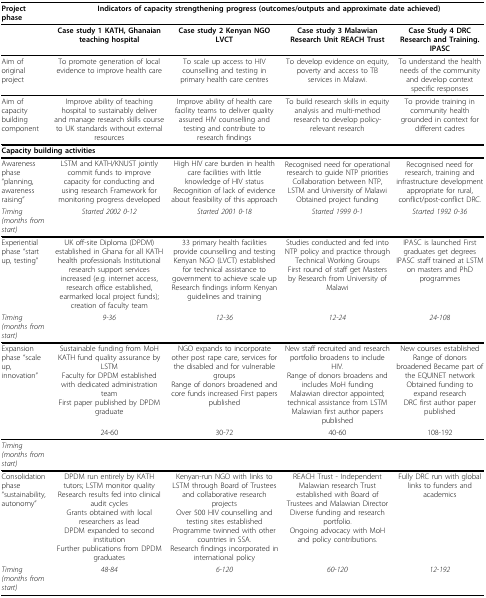
<table><thead><tr><td><b>Project phase</b></td><td colspan="4"><b>Indicators of capacity strengthening progress (outcomes/outputs and approximate date achieved)</b></td></tr></thead><tbody><tr><td></td><td><b>Case study 1 KATH, Ghanaian teaching hospital</b></td><td><b>Case study 2 Kenyan NGO LVCT</b></td><td><b>Case study 3 Malawian Research Unit REACH Trust</b></td><td><b>Case Study 4 DRC Research and Training. IPASC</b></td></tr><tr><td>Aim of original project</td><td>To promote generation of local evidence to improve health care</td><td>To scale up access to HIV counselling and testing in primary health care centres</td><td>To develop evidence on equity, poverty and access to TB services in Malawi.</td><td>To understand the health needs of the community and develop context specific responses</td></tr><tr><td>Aim of capacity building component</td><td>Improve ability of teaching hospital to sustainably deliver and manage research skills course to UK standards without external resources</td><td>Improve ability of health care facility teams to deliver quality assured HIV counselling and testing and contribute to research findings</td><td>To build research skills in equity analysis and multi-method research to develop policy-relevant research</td><td>To provide training in community health grounded in context for different cadres</td></tr><tr><td colspan="5"><b>Capacity building activities</b></td></tr><tr><td>Awareness phase “planning, awareness raising”</td><td>LSTM and KATH/KNUST jointly commit funds to improve capacity for conducting and using research Framework for monitoring progress developed</td><td>High HIV care burden in health care facilities with little knowledge of HIV status Recognition of lack of evidence about feasibility of this approach</td><td>Recognised need for operational research to guide NTP priorities Collaboration between NTP, LSTM and University of Malawi Obtained project funding</td><td>Recognised need for research, training and infrastructure development appropriate for rural, conflict/post-conflict DRC.</td></tr><tr><td><i>Timing (months from start)</i></td><td><i>Started 2002 0-12</i></td><td><i>Started 2001 0-18</i></td><td><i>Started 1999 0-1</i></td><td><i>Started 1992 0-36</i></td></tr><tr><td>Experiential phase “start up, testing”</td><td>UK off-site Diploma (DPDM) established in Ghana for all KATH health professionals Institutional research support services increased (e.g. internet access, research office established, earmarked local project funds); creation of faculty team</td><td>33 primary health facilities provide counselling and testing Kenyan NGO (LVCT) established for technical assistance to government to achieve scale upResearch findings inform Kenyan guidelines and training</td><td>Studies conducted and fed into NTP policy and practice through Technical Working GroupsFirst round of staff get Masters by Research from University of Malawi</td><td>IPASC is launched First graduates get degrees IPASC staff trained at LSTM on masters and PhD programmes</td></tr><tr><td><i>Timing (months from start)</i></td><td><i>9-36</i></td><td><i>12-36</i></td><td><i>12-24</i></td><td><i>24-108</i></td></tr><tr><td>Expansion phase “scale up, innovation”</td><td>Sustainable funding from MoH KATH fund quality assurance by LSTMFaculty for DPDM established with dedicated administration teamFirst paper published by DPDM graduate</td><td>NGO expands to incorporate other post rape care, services for the disabled and for vulnerable groupsRange of donors broadened and core funds increased First papers published</td><td>New staff recruited and research portfolio broadens to include HIV.Range of donors broadens and includes MoH fundingMalawian director appointed; technical assistance from LSTM Malawian first author papers published</td><td>New courses established Range of donors broadened Became part of the EQUINET networkObtained funding to expand researchDRC first author paper published</td></tr><tr><td></td><td>24-60</td><td>30-72</td><td>40-60</td><td>108-192</td></tr><tr><td><i>Timing (months from start)</i></td><td></td><td></td><td></td><td></td></tr><tr><td>Consolidation phase “sustainability, autonomy”</td><td>DPDM run entirely by KATH tutors; LSTM monitor quality Research results fed into clinical audit cyclesGrants obtained with local researchers as leadDPDM expanded to second institutionFurther publications from DPDM graduates</td><td>Kenyan-run NGO with links to LSTM through Board of Trustees and collaborative research projectsOver 500 HIV counselling and testing sites established Programme twinned with other countries in SSA.Research findings incorporated in international policy</td><td>REACH Trust - Independent Malawian research Trust established with Board of Trustees and Malawian DirectorDiverse funding and research portfolio.Ongoing advocacy with MoH and policy contributions.</td><td>Fully DRC run with global links to funders and academics</td></tr><tr><td><i>Timing (months from start)</i></td><td><i>48-84</i></td><td><i>6-120</i></td><td><i>60-120</i></td><td><i>12-192</i></td></tr></tbody></table>